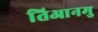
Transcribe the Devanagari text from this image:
तिआनमु